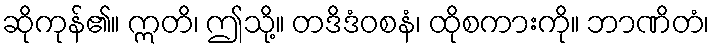
ဆိုကုန်၏။ ဣတိ၊ ဤသို့။ တဒိဒံဝစနံ၊ ထိုစကားကို။ ဘာဏိတံ၊